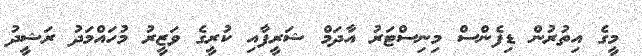
މީގެ އިތުރުން ޑިފެންސް މިނިސްޓަރު އާދަމް ޝަރީފާއި ކުރީގެ ވަޒީރު މުހައްމަދު ރަޝީދު